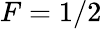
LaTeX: F=1/2